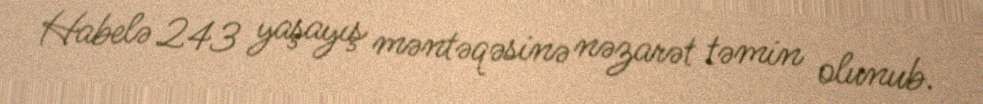
Habelə 243 yaşayış məntəqəsinə nəzarət təmin olunub.